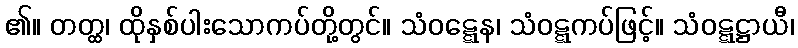
၏။ တတ္ထ၊ ထိုနှစ်ပါးသောကပ်တို့တွင်။ သံဝဋ္ဋေန၊ သံဝဋ္ဋကပ်ဖြင့်။ သံဝဋ္ဋဋ္ဌာယီ၊